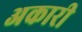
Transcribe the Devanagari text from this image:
अकारी